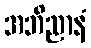
အဘိညာနံ